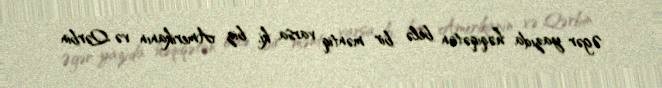
Əgər yazıda həqiqətən belə bir məntiq varsa ki, biz Amerikanın və Qərbin